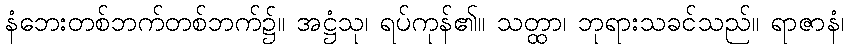
နံဘေးတစ်ဘက်တစ်ဘက်၌။ အဋ္ဌံသု၊ ရပ်ကုန်၏။ သတ္ထာ၊ ဘုရားသခင်သည်။ ရာဇာနံ၊